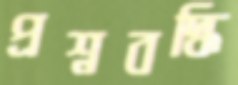
প্রশ্নবদ্ধি